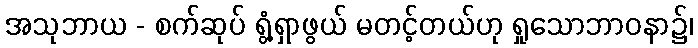
အသုဘာယ - စက်ဆုပ် ရွံ့ရှာဖွယ် မတင့်တယ်ဟု ရှုသောဘာဝနာ၌၊